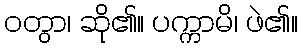
ဝတွာ၊ ဆို၏။ ပက္ကာမိ၊ ဖဲ၏။